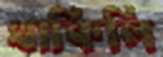
থাকিলি